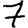
Digit: 7